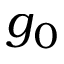
g _ { 0 }